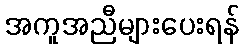
အကူအညီများပေးရန်